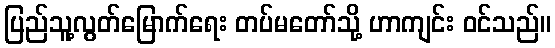
ပြည်သူ့လွတ်မြောက်ရေး တပ်မတော်သို့ ဟာကျင်း ဝင်သည်။